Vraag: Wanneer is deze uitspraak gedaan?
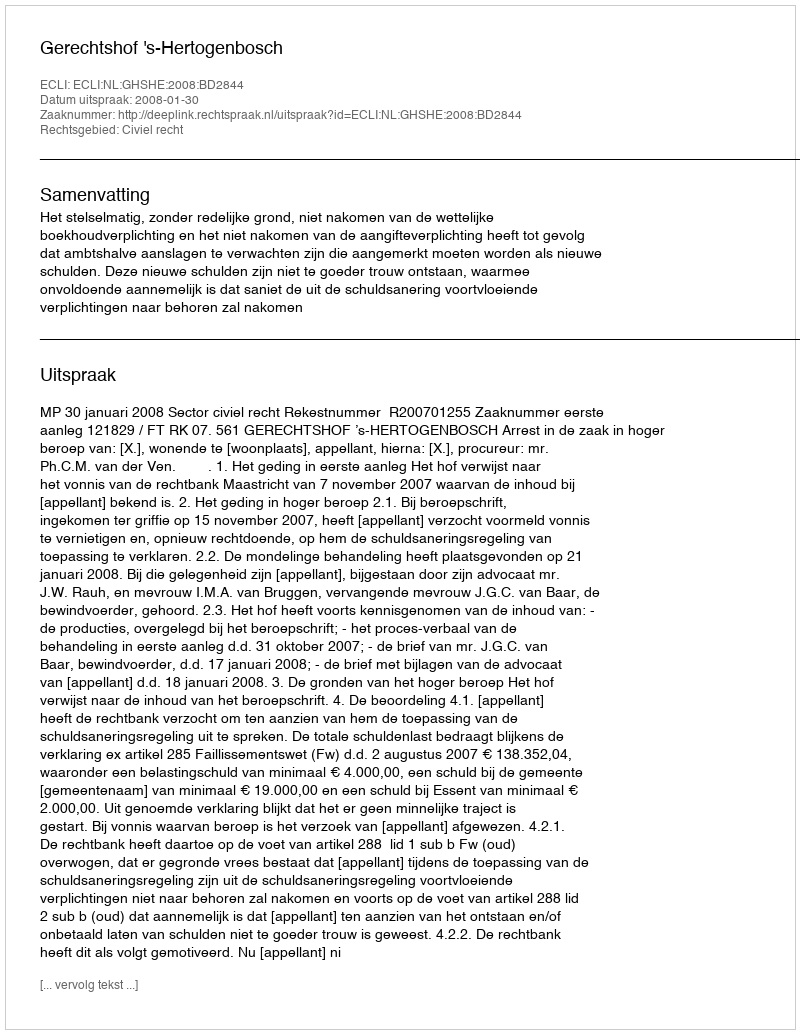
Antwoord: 2008-01-30